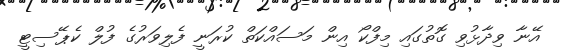
އޭނާ ވިދާޅުވި ގޮތުގައި މިފްކޯ އިން މަސައްކަތް ކުރަނީ ފެލިވަރުގެ ފުލް ކެޕޭސިޓީ